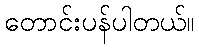
တောင်းပန်ပါတယ်။